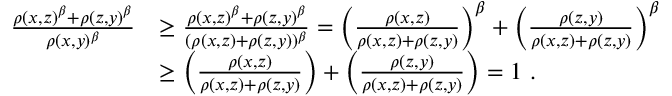
\begin{array} { r l } { \frac { \rho ( x , z ) ^ { \beta } + \rho ( z , y ) ^ { \beta } } { \rho ( x , y ) ^ { \beta } } } & { \geq \frac { \rho ( x , z ) ^ { \beta } + \rho ( z , y ) ^ { \beta } } { ( \rho ( x , z ) + \rho ( z , y ) ) ^ { \beta } } = \left( \frac { \rho ( x , z ) } { \rho ( x , z ) + \rho ( z , y ) } \right) ^ { \beta } + \left( \frac { \rho ( z , y ) } { \rho ( x , z ) + \rho ( z , y ) } \right) ^ { \beta } } \\ & { \geq \left( \frac { \rho ( x , z ) } { \rho ( x , z ) + \rho ( z , y ) } \right) + \left( \frac { \rho ( z , y ) } { \rho ( x , z ) + \rho ( z , y ) } \right) = 1 ~ . } \end{array}